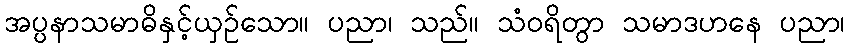
အပ္ပနာသမာဓိနှင့်ယှဉ်သော။ ပညာ၊ သည်။ သံဝရိတွာ သမာဒဟနေ ပညာ၊